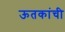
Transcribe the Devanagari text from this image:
ऊतकांची